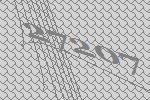
27207